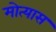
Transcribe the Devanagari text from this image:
मोत्यास